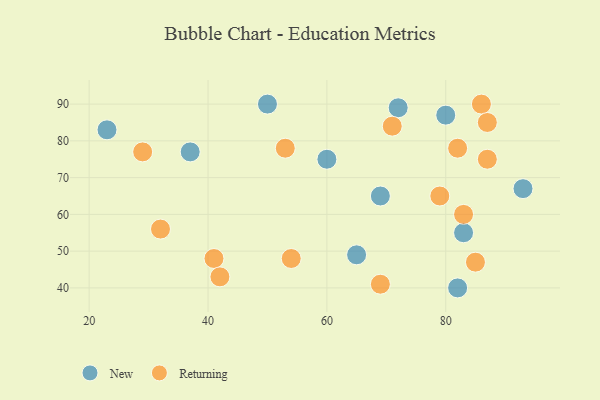
{"axis": {"x": "GDP", "y": "Life Expectancy"}, "legend": ["New", "Returning"], "data": [{"x": "65", "y": 49, "type": "New"}, {"x": "93", "y": 67, "type": "New"}, {"x": "69", "y": 65, "type": "New"}, {"x": "60", "y": 75, "type": "New"}, {"x": "83", "y": 55, "type": "New"}, {"x": "82", "y": 40, "type": "New"}, {"x": "72", "y": 89, "type": "New"}, {"x": "50", "y": 90, "type": "New"}, {"x": "37", "y": 77, "type": "New"}, {"x": "23", "y": 83, "type": "New"}, {"x": "80", "y": 87, "type": "New"}, {"x": "53", "y": 78, "type": "Returning"}, {"x": "29", "y": 77, "type": "Returning"}, {"x": "85", "y": 47, "type": "Returning"}, {"x": "32", "y": 56, "type": "Returning"}, {"x": "41", "y": 48, "type": "Returning"}, {"x": "87", "y": 75, "type": "Returning"}, {"x": "82", "y": 78, "type": "Returning"}, {"x": "86", "y": 90, "type": "Returning"}, {"x": "54", "y": 48, "type": "Returning"}, {"x": "42", "y": 43, "type": "Returning"}, {"x": "69", "y": 41, "type": "Returning"}, {"x": "79", "y": 65, "type": "Returning"}, {"x": "87", "y": 85, "type": "Returning"}, {"x": "83", "y": 60, "type": "Returning"}, {"x": "71", "y": 84, "type": "Returning"}]}